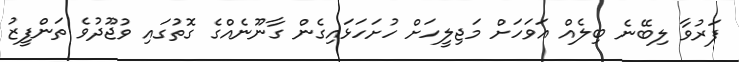
ފަރުވާ ލިބޭނެ ބިލެއް އަވަހަށް މަޖިލީހަށް ހުށަހަޅައިގެން ގާނޫނެއްގެ ގޮތުގައި ވުޖޫދުވެ ތަންފީޒު